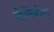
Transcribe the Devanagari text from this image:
जेमिपोल्